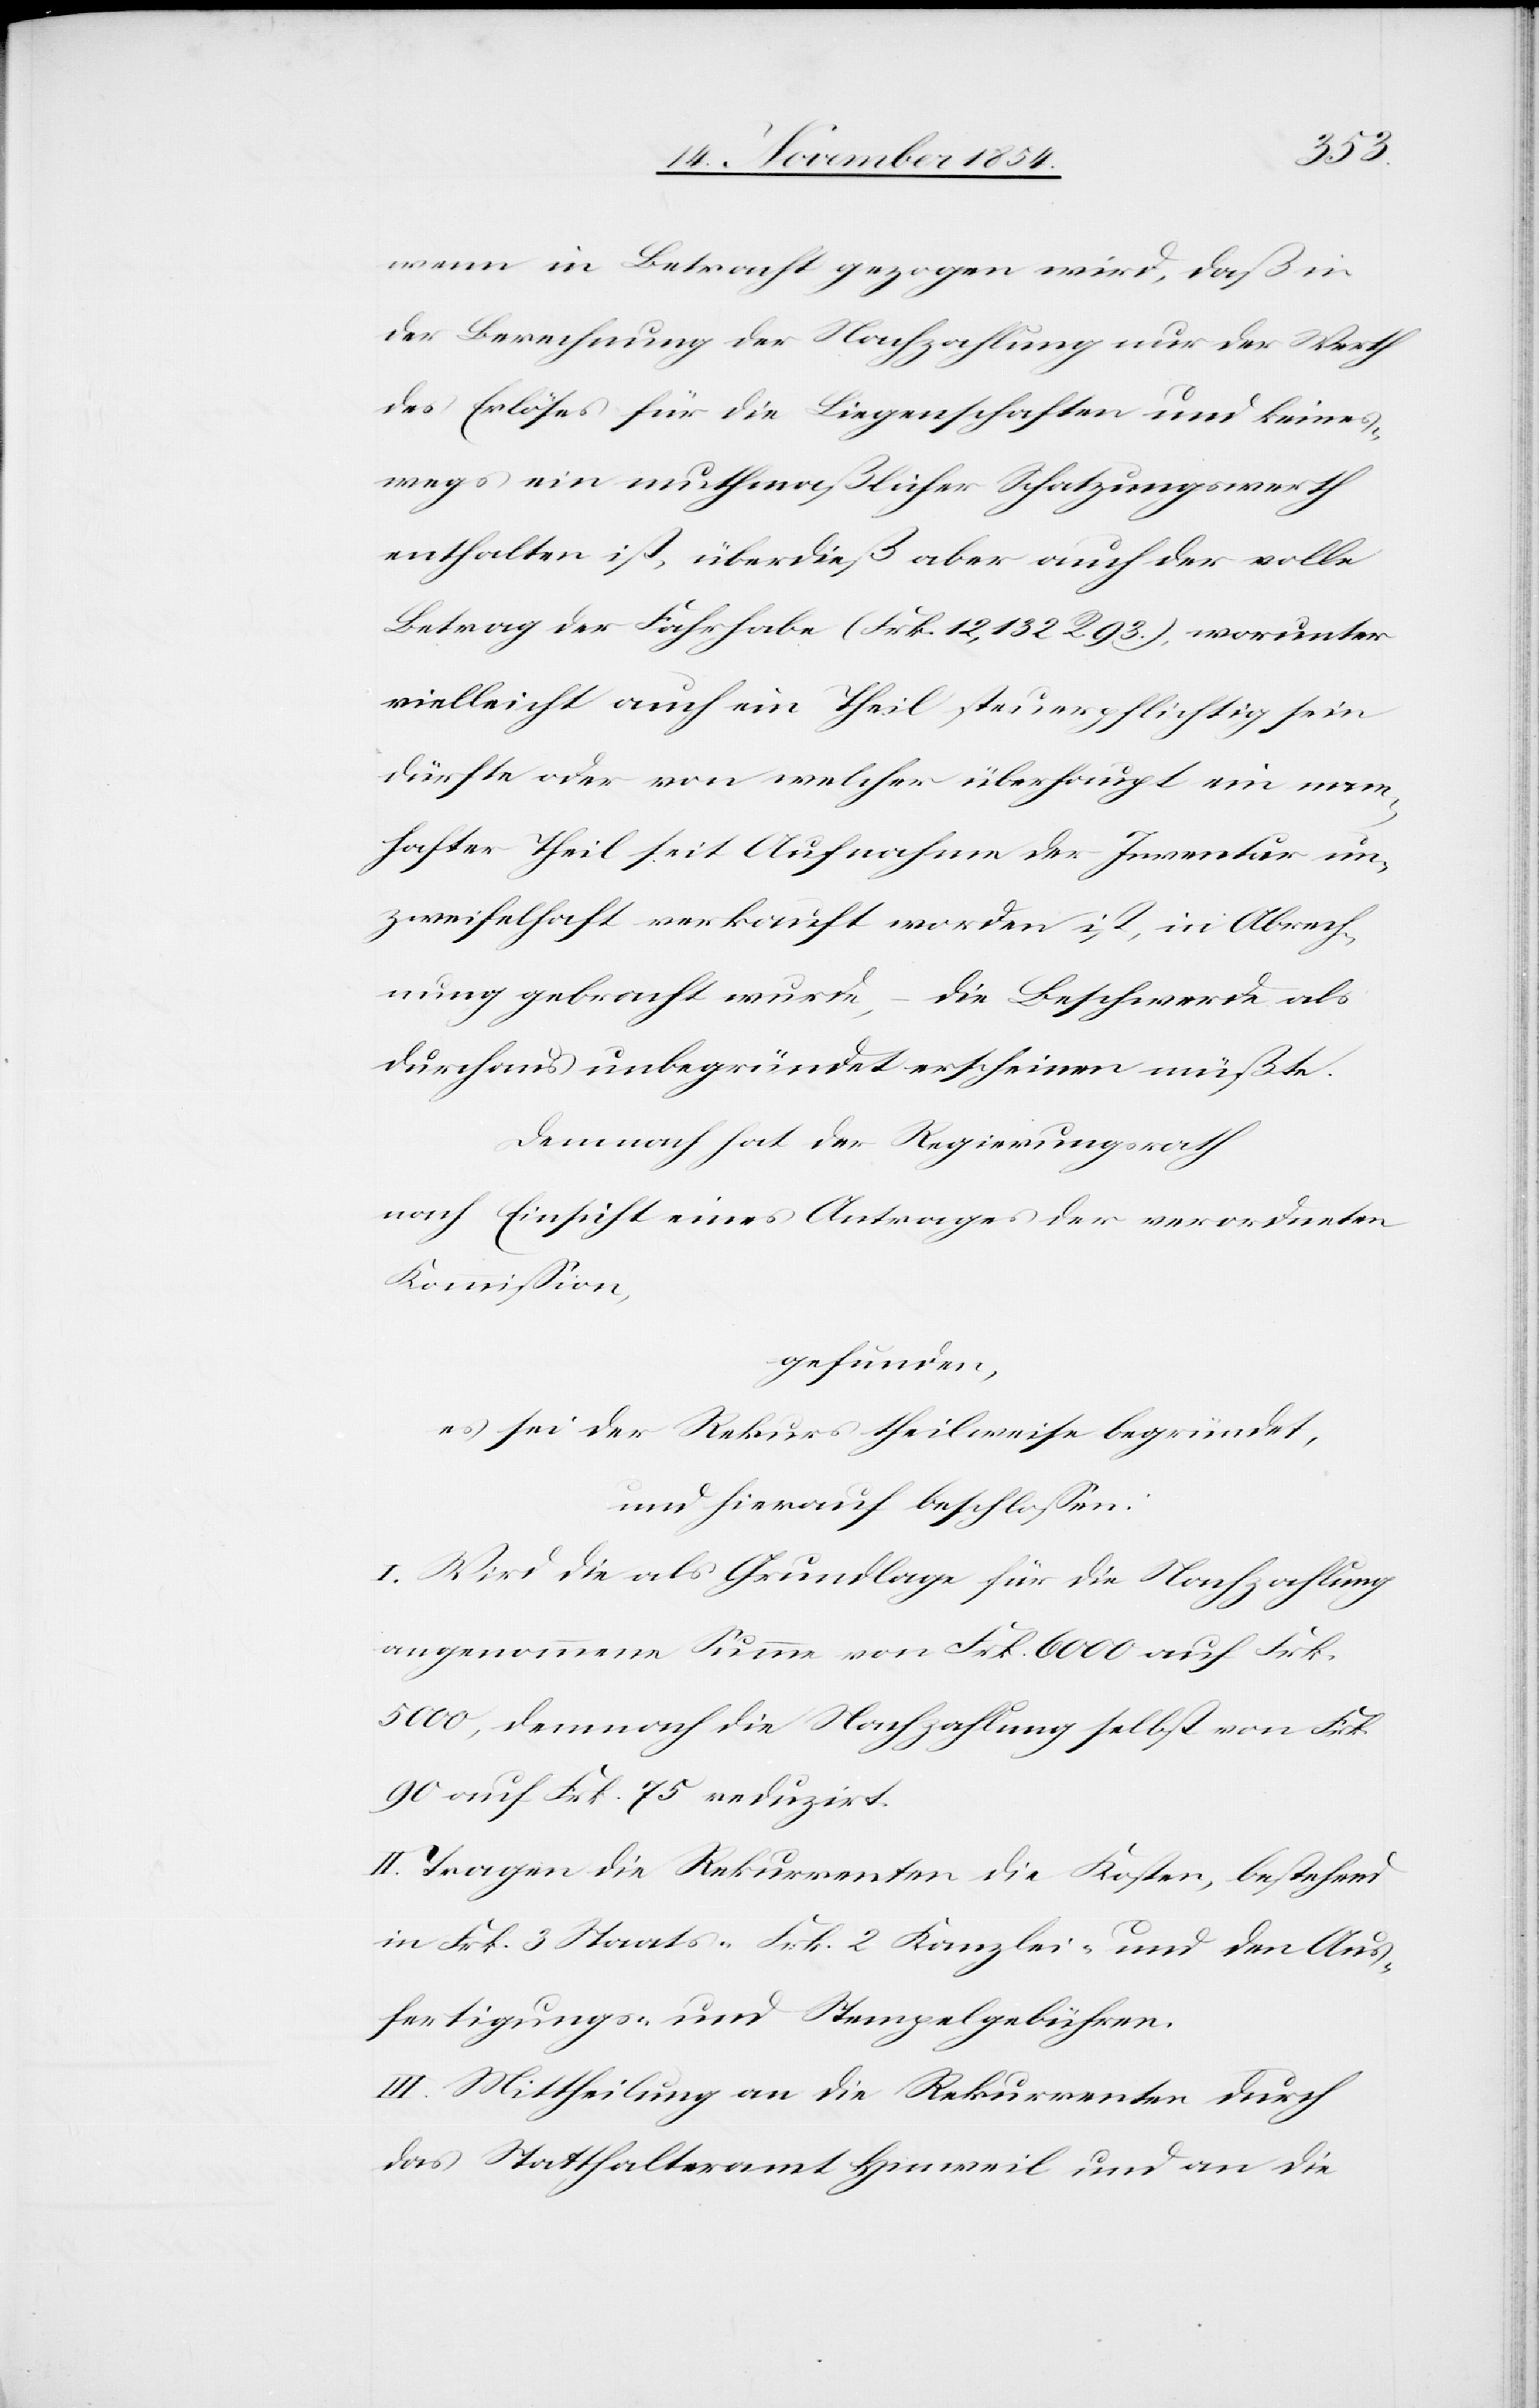
wenn in Betracht gezogen wird, daß in
der Berechnung der Nachzahlung nur der Werth
des Erlöses für die Liegenschaften und keines¬
wegs ein muthmaßlicher Schatzungswerth
enthalten ist, überdieß aber auch der volle
Betrag der Fahrhabe (Frk. 12,132 R. 93.9, worunter
vielleicht auch ein Theil steuerpflichtig sein
dürfte oder von welcher überhaupt ein nam¬
hafter Theil seit Aufnahme der Inventur un¬
zweifelhaft verkauft worden ist, in Abrech¬
nung gebracht wurde, – die Beschwerde als
durchaus unbegründet erscheinen müßte.
Demnach hat der Regierungsrath
nach Einsicht eines Antrages der verordneten
Kommißion,
gefunden,
es sei der Rekurs theilweise begründet,
und hierauf beschloßen:
I. Wird die als Grundlage für die Nachzahlung
angenommene Summe von Frk. 6000 auf Frk.
5000, demnach die Nachzahlung selbst von Frk.
90 auf Frk. 75 reduzirt.
II. Tragen die Rekurrenten die Kosten, bestehend
in Frk. 3 Staats-[,] Frk. 2 Kanzlei- und den Aus¬
fertigungs- und Stempelgebühren.
III. Mittheilung an die Rekurrenten durch
das Statthalteramt Hinweil und an die